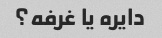
دایره یا غرفه؟